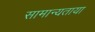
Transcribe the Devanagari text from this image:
सामान्यताया